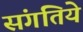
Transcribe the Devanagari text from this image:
संगतिये